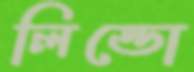
লিন্ডো